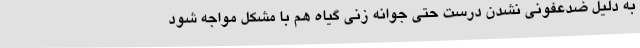
به دلیل ضدعفونی نشدن درست حتی جوانه زنی گیاه هم با مشکل مواجه شود